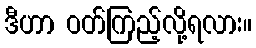
ဒီဟာ ဝတ်ကြည့်လို့ရလား။